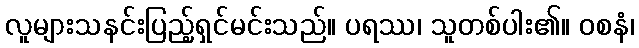
လူများသနင်းပြည့်ရှင်မင်းသည်။ ပရဿ၊ သူတစ်ပါး၏။ ဝစနံ၊